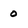
Character: 0